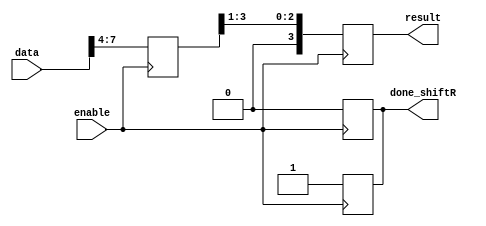
module shift_R #(
    parameter inputsize = 8
)(data, enable, result, done_shiftR);

input [inputsize-1:0] data;
input enable; 
output reg [3:0] result;
output reg done_shiftR;
reg  [3:0]A ;

always @ (posedge enable) begin
    A <= data[7:4];
    result <= {1'b0, A[3:1]};
    done_shiftR <= 1'b1;
end
always @(negedge enable ) begin
    done_shiftR <= 1'b0;    
end

endmodule